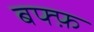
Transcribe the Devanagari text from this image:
बफ्फ़